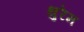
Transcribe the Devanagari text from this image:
थुरेम